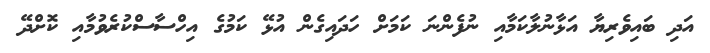
އަދި ބައިވެރިޔާ އަޅާނުލާކަމާއި ނުފެންނަ ކަމަށް ހަދައިގެން އުޅޭ ކަމުގެ އިހްސާސްކުރެވުމާއި ކޮށްދޭ